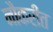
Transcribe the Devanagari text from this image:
नौकरीत